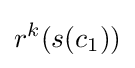
r^{k}(s(c_{1}))